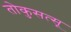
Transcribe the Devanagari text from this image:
तोकुसत्सू